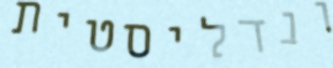
ונדליסטית